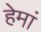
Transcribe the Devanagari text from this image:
हेमां